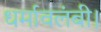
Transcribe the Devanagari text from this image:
धर्मावलंबी।